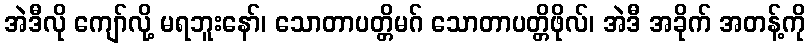
အဲဒီလို ကျော်လို့ မရဘူးနော်၊ သောတာပတ္တိမဂ် သောတာပတ္တိဖိုလ်၊ အဲဒီ အခိုက် အတန့်ကို